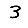
Digit: 3